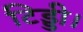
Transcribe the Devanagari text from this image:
टिड्डी।